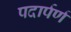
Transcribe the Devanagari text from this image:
पदार्पर्ण